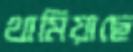
থামিয়াছে